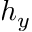
h _ { y }